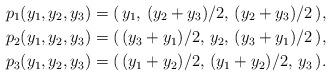
LaTeX: \begin{align*}p_1(y_1,y_2,y_3) &= (\,y_1,\,(y_2+y_3)/2,\,(y_2+y_3)/2\,) , \\p_2(y_1,y_2,y_3) &= (\,(y_3+y_1)/2,\,y_2,\,(y_3+y_1)/2\,) , \\p_3(y_1,y_2,y_3) &= (\,(y_1+y_2)/2,\,(y_1+y_2)/2,\,y_3\,) .\end{align*}